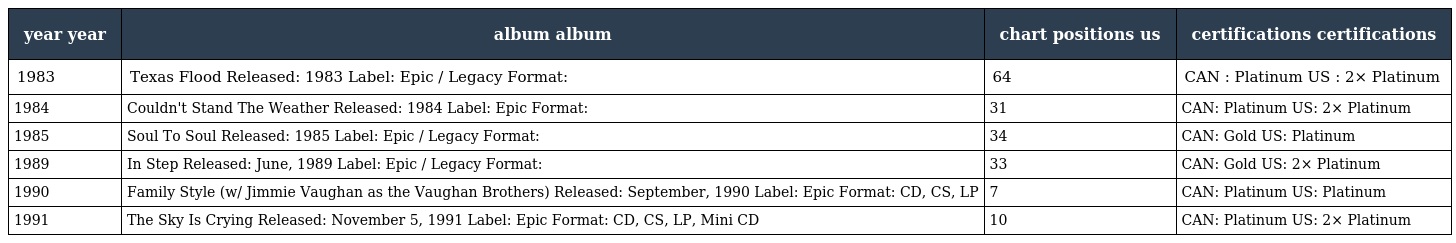
| year year | album album | chart positions us | certifications certifications |
 | --- | --- | --- | --- |
 | 1983 | Texas Flood Released: 1983 Label: Epic / Legacy Format: | 64 | CAN : Platinum US : 2× Platinum |
 | 1984 | Couldn't Stand The Weather Released: 1984 Label: Epic Format: | 31 | CAN: Platinum US: 2× Platinum |
 | 1985 | Soul To Soul Released: 1985 Label: Epic / Legacy Format: | 34 | CAN: Gold US: Platinum |
 | 1989 | In Step Released: June, 1989 Label: Epic / Legacy Format: | 33 | CAN: Gold US: 2× Platinum |
 | 1990 | Family Style (w/ Jimmie Vaughan as the Vaughan Brothers) Released: September, 1990 Label: Epic Format: CD, CS, LP | 7 | CAN: Platinum US: Platinum |
 | 1991 | The Sky Is Crying Released: November 5, 1991 Label: Epic Format: CD, CS, LP, Mini CD | 10 | CAN: Platinum US: 2× Platinum |